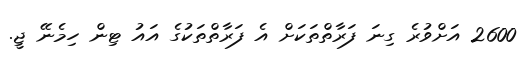
2600 އަށްވުރެ ގިނަ ފަރާތްތަކަށް އެ ފަރާތްތަކުގެ އައު ޓިން ހިމެނޭ ޖީ.